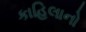
કાહિલાનો